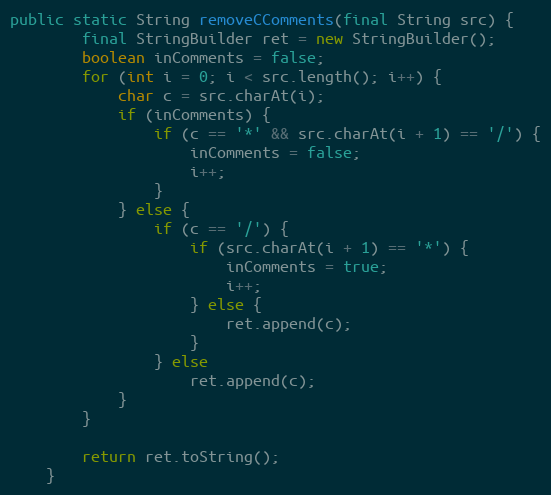
Language: Java
public static String removeCComments(final String src) {
		final StringBuilder ret = new StringBuilder();
		boolean inComments = false;
		for (int i = 0; i < src.length(); i++) {
			char c = src.charAt(i);
			if (inComments) {
				if (c == '*' && src.charAt(i + 1) == '/') {
					inComments = false;
					i++;
				}
			} else {
				if (c == '/') {
					if (src.charAt(i + 1) == '*') {
						inComments = true;
						i++;
					} else {
						ret.append(c);
					}
				} else
					ret.append(c);
			}
		}

		return ret.toString();
	}